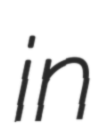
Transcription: in